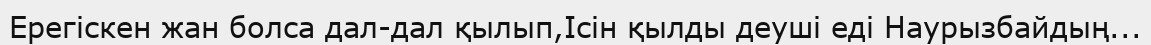
Ерегіскен жан болса дал-дал қылып,Ісін қылды деуші еді Наурызбайдың...